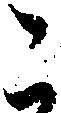
こ